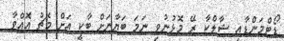
ޑޯޓްމަންޑާއި ޝާލްކާ ރޭ މޮޅުނުވި ނަމަ ބަޔާނަށް ބާކީ އަށް މެޗު އޮއްވާ